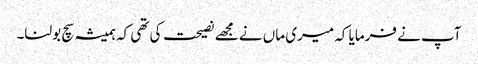
آپ نے فرمایا کہ میری ماں نے مجھے نصیحت کی تھی کہ ہمیشہ سچ بولنا۔